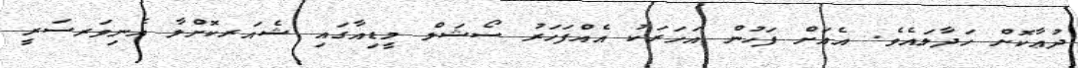
ދުޢާކޮށް ހަދާލައެވެ. އެއަށް ފަހުން އަހަރަކު އެއްފަހަރު ސޯޝަލް މީޑިއާގައި ޝެއަރކޮށްލާ އެނިވަރސަރީ